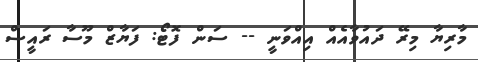
މާރިޔާ މިރޭ ދައުވާއެއް އިއްވަނީ -- ސަން ފޮޓޯ: ފަޔާޒް މޫސާ ރައީސް